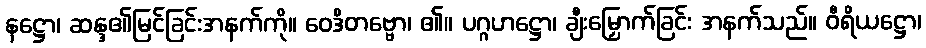
နဋ္ဌော၊ ဆန္ဒ၏မြင်ခြင်းအနက်ကို။ ဝေဒိတဗ္ဗော၊ ၏။ ပဂ္ဂဟဋ္ဌော၊ ချီးမြှောက်ခြင်း အနက်သည်။ ဝီရိယဋ္ဌော၊